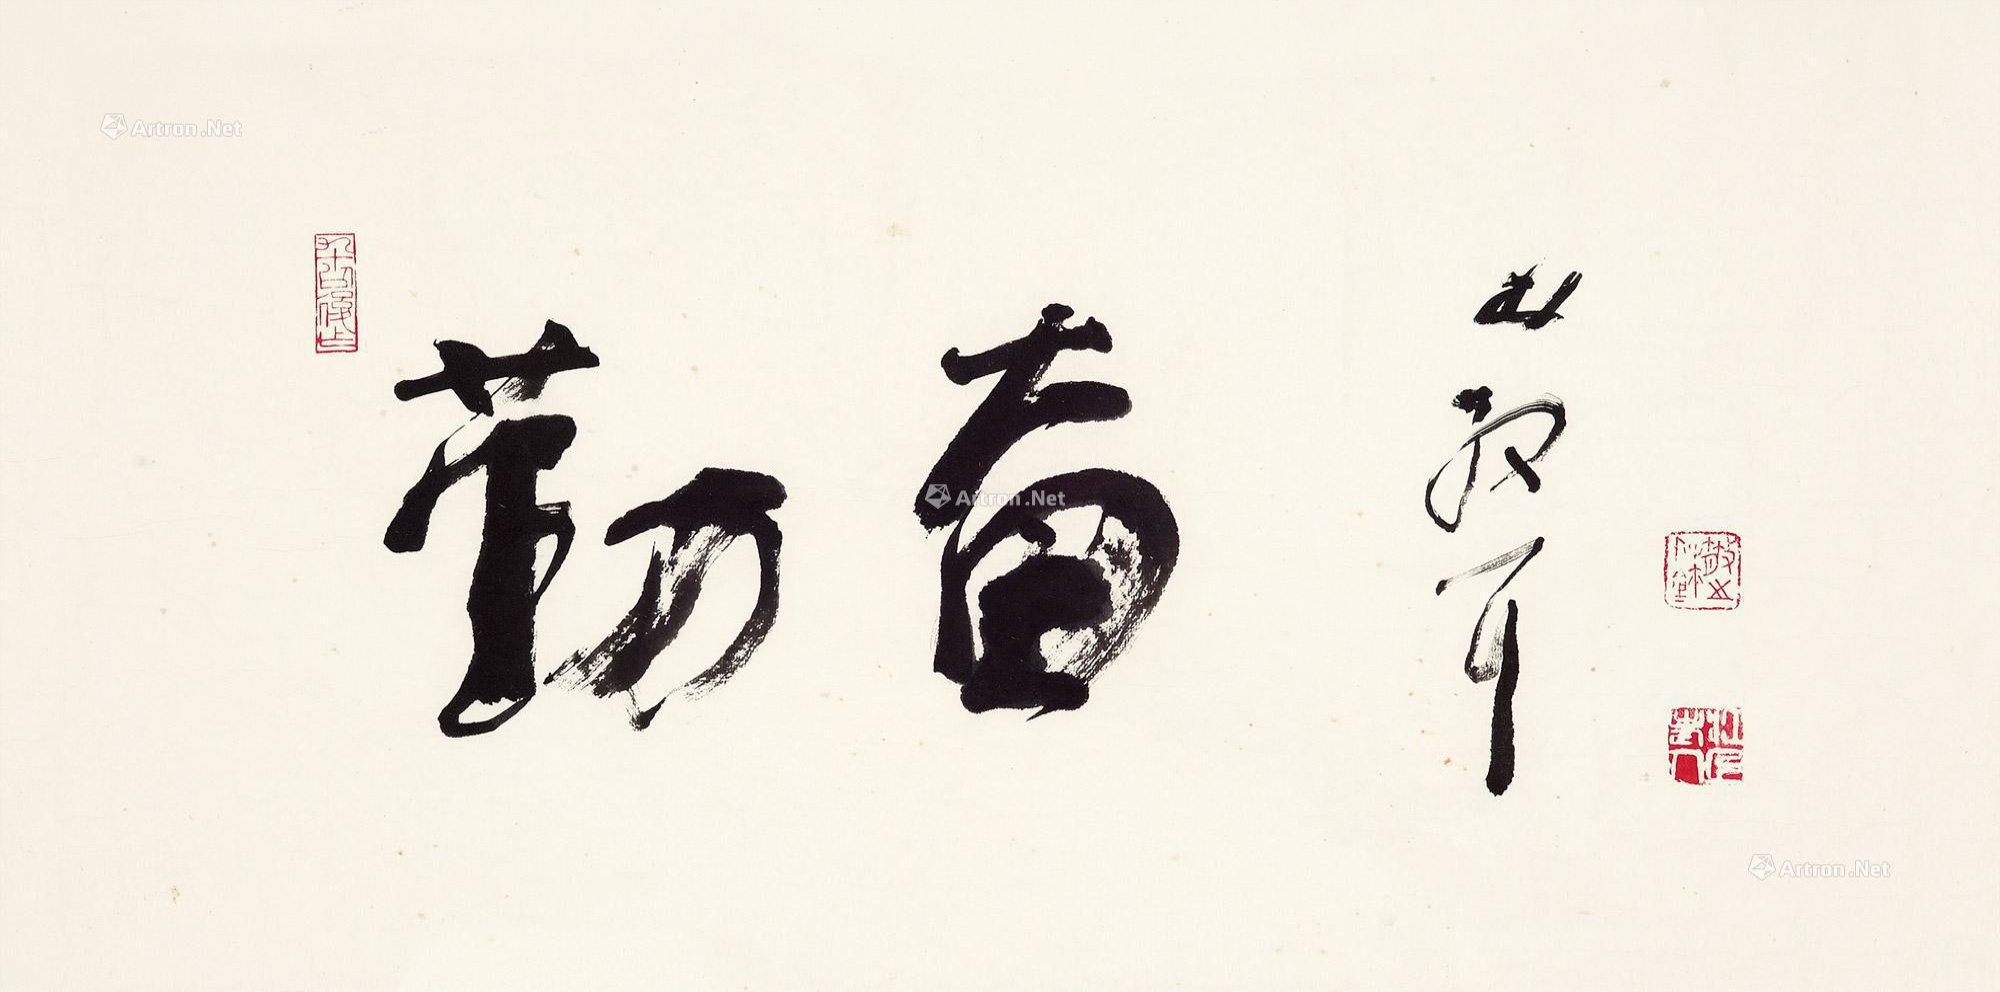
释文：勤奋。林散耳。